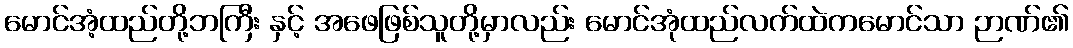
မောင်အံ့ထည်တို့ဘကြီး နှင့် အဖေဖြစ်သူတို့မှာလည်း မောင်အုံထည်လက်ထဲကမောင်သာ ဉာဏ်၏